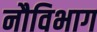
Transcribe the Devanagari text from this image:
नौविभाग